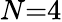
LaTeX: N{=}4